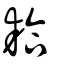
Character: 耠